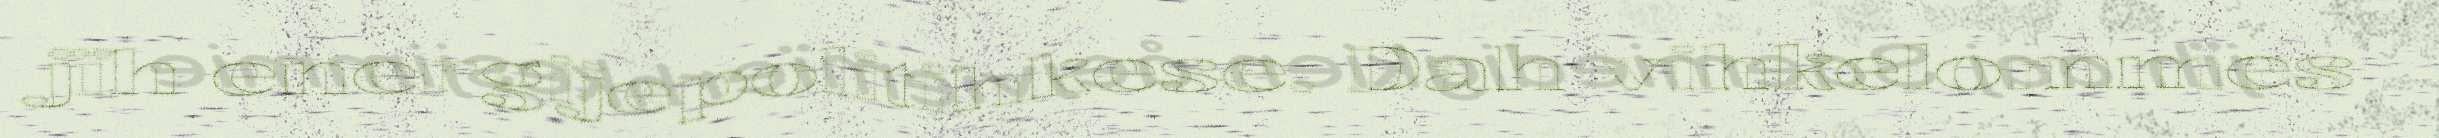
jïh energijepolitihkese. Dah vihkelommes